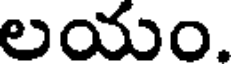
లయం.